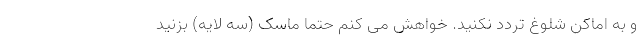
و به اماکن شلوغ تردد نکنید. خواهش می کنم حتما ماسک (سه لایه) بزنید